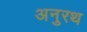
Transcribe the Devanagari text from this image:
अनुरथ